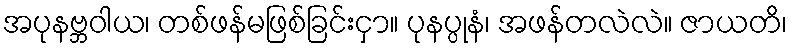
အပုနဗ္ဘဝါယ၊ တစ်ဖန်မဖြစ်ခြင်းငှာ။ ပုနပ္ပုနံ၊ အဖန်တလဲလဲ။ ဇာယတိ၊